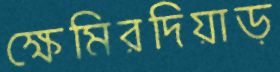
ক্ষেমিরদিয়াড়